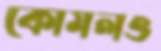
কোমলও